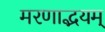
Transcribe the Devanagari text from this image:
मरणाद्भयम्